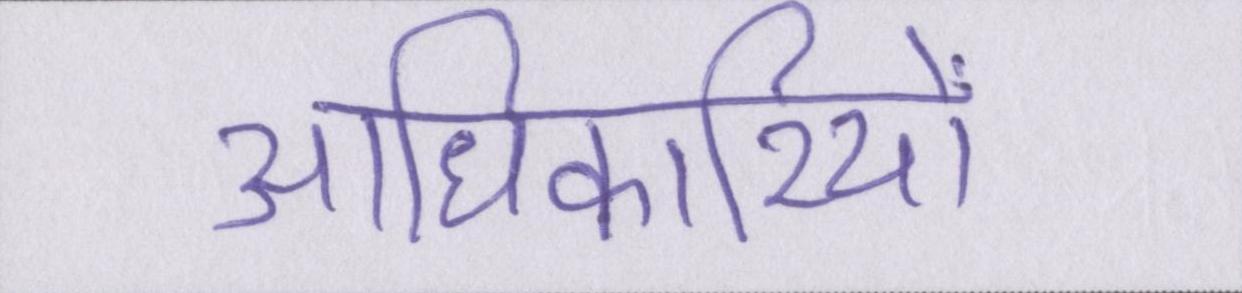
आधिकारियों